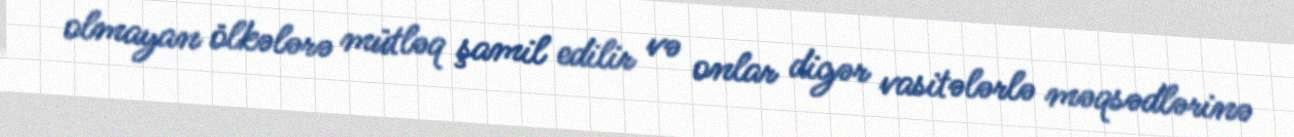
olmayan ölkələrə mütləq şamil edilir və onlar digər vasitələrlə məqsədlərinə